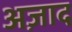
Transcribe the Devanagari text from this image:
अज़ाद